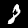
Label: 8